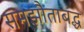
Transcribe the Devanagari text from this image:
समझौताबद्ध